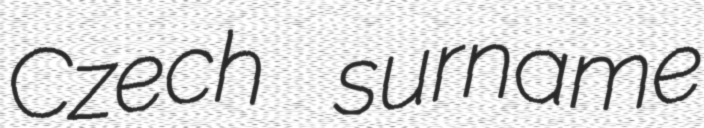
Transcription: Czech surname